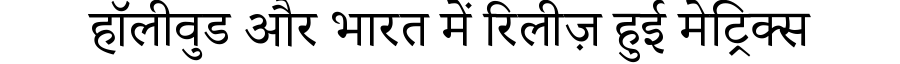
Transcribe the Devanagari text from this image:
हॉलीवुड और भारत में रिलीज़ हुई मेट्रिक्स